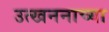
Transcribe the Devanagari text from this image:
उत्खननाच्या